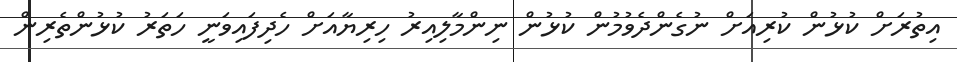
އިތުރަށް ކުޅުން ކުރިއަށް ނުގެންދެވުމުން ކުޅުން ނިންމާލިއިރު ހިރިޔާއަށް ހެދިފައިވަނީ ހަތަރު ކުޅުންތެރިން